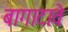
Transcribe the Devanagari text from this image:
बागाटावे